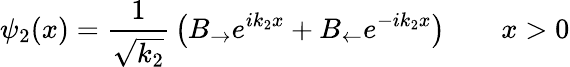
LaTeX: \psi_{2}(x)={\frac{1}{\sqrt{k_{2}}}}\left(B_{\rightarrow}e^{ik_{2}x}+B_{\leftarrow}e^{-ik_{2}x}\right)\qquad x>0